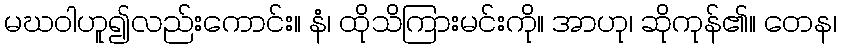
မဃဝါဟူ၍လည်းကောင်း။ နံ၊ ထိုသိကြားမင်းကို။ အာဟု၊ ဆိုကုန်၏။ တေန၊